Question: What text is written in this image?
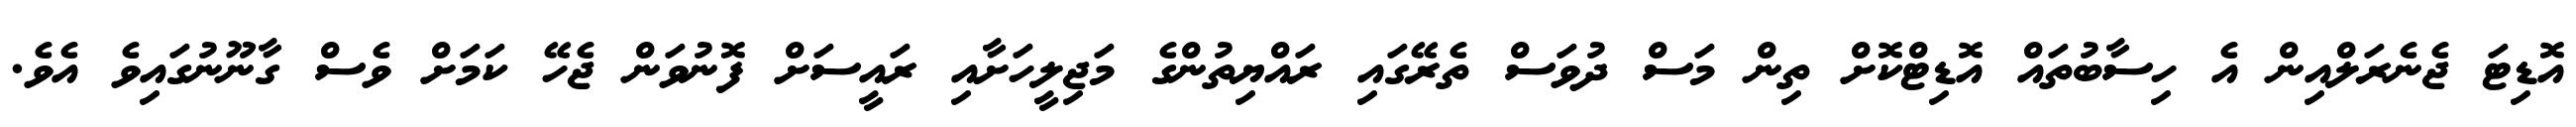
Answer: އޮޑިޓަ ޖެނެރަލްއިން އެ ހިސާބުތައް އޮޑިޓްކޮށް ތިން މަސް ދުވަސް ތެރޭގައި ރައްޔިތުންގެ މަޖިލީހަށާއި ރައީސަށް ފޮނުވަން ޖެހޭ ކަމަށް ވެސް ގާނޫނުގައިވެ އެވެ.